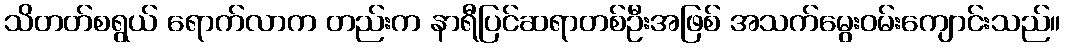
သိတတ်စရွယ် ရောက်လာက တည်းက နာရီပြင်ဆရာတစ်ဦးအဖြစ် အသက်မွေးဝမ်းကျောင်းသည်။